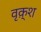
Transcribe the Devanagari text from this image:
वृक़्श